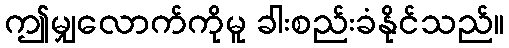
ဤမျှလောက်ကိုမူ ခါးစည်းခံနိုင်သည်။